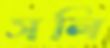
সলি